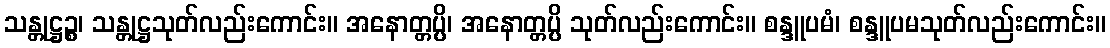
သန္တုဋ္ဌဉ္စ၊ သန္တုဋ္ဌသုတ်လည်းကောင်း။ အနောတ္တပ္ပိ၊ အနောတ္တပ္ပိ သုတ်လည်းကောင်း။ စန္ဒူပမံ၊ စန္ဒူပမသုတ်လည်းကောင်း။